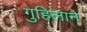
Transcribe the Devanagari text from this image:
गुहिलाने